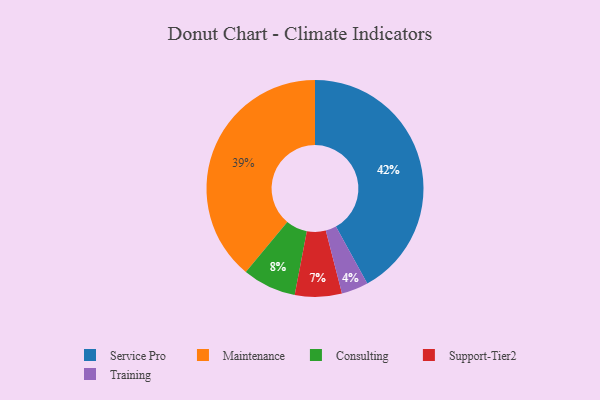
{"axis": {"x": "Category", "y": "Percentage"}, "legend": ["Consulting", "Maintenance", "Service Pro", "Support-Tier2", "Training"], "data": [{"x": "Service Pro", "y": 42, "type": "Service Pro"}, {"x": "Maintenance", "y": 39, "type": "Maintenance"}, {"x": "Training", "y": 4, "type": "Training"}, {"x": "Support-Tier2", "y": 7, "type": "Support-Tier2"}, {"x": "Consulting", "y": 8, "type": "Consulting"}]}